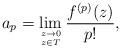
LaTeX: \begin{align*}a_p=\lim_{ \genfrac{}{}{0pt}{}{z\to0}{z\in T}} \frac{f^{(p)}(z)}{p!},\end{align*}